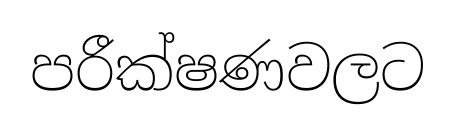
පරීක්ෂණවලට